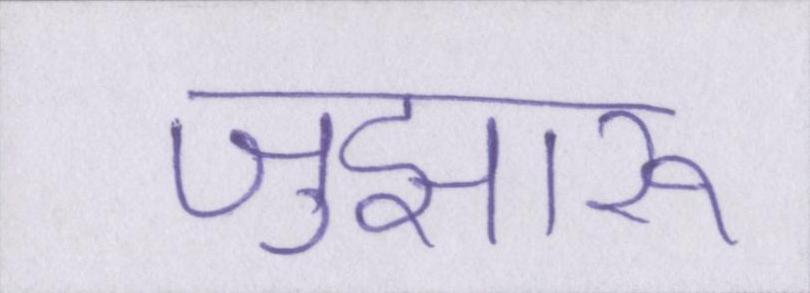
जुझारू